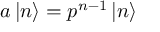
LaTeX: a \left| n \right\rangle = p ^ { n - 1 } \left| n \right\rangle